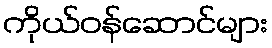
ကိုယ်ဝန်ဆောင်များ